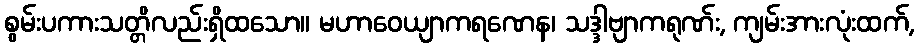
စွမ်းပကားသတ္တိလည်းရှိထသော။ မဟာဝေယျာကရဏေန၊ သဒ္ဒါဗျာကရုဏ်း, ကျမ်းအားလုံးထက်,